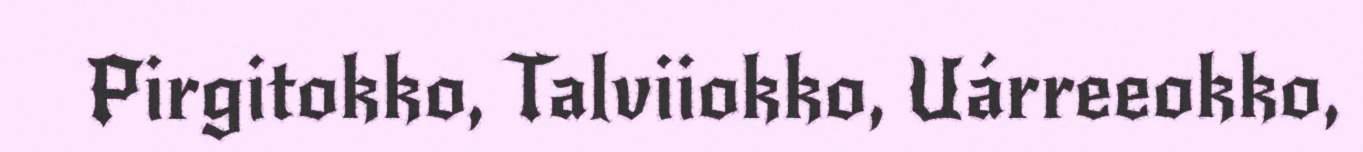
Pirgitokko, Talviiokko, Uárreeokko,